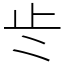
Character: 𭭚